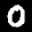
Label: 0